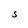
Character: S